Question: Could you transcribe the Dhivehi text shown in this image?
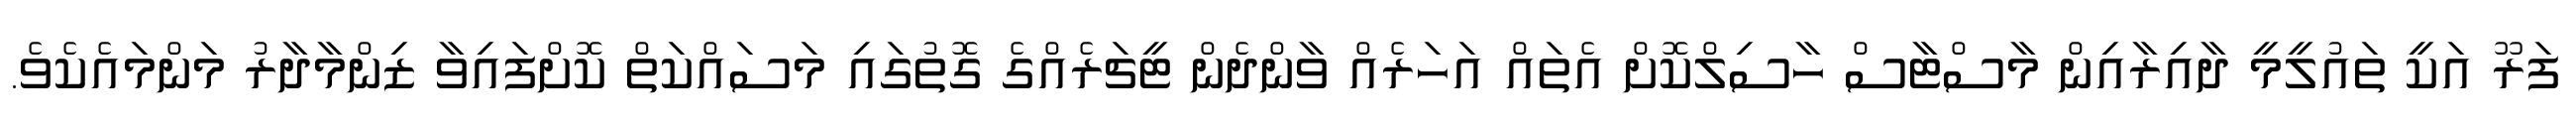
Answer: ފަރޫ އަކީ ތައުލީމީ ދާއިރާއިން މާސްޓާސް ހާސިލްކޮށް އެތައް އަހަރެއް ވާންދެން ޓީޗަރެއްގެ ގޮތުގައި މަސައްކަތް ކޮށްފައިވާ ޒިންމާދާރު މަންމައެކެވެ.